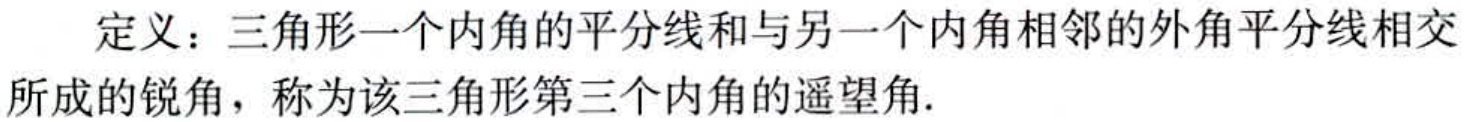
定义：三角形一个内角的平分线和与另一个内角相邻的外角平分线相交所成的锐角，称为该三角形第三个内角的遥望角.